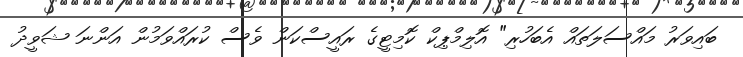
ބައިވަރު މައްސަލަތައް އެބަހުރި" އޮލިމްޕިކް ކޮމިޓީގެ ރައީސްކަން ވެސް ކުރައްވަމުން އަންނަ ޝަވީދު